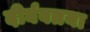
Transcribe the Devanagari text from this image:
दीर्घवतया